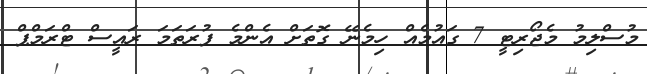
މުސްލިމު މެޖޯރިޓީ 7 ގައުމެއް ހިމެނޭ ގޮތަށް އެންމެ ފުރަތަމަ ރައީސް ޓްރަމްޕް